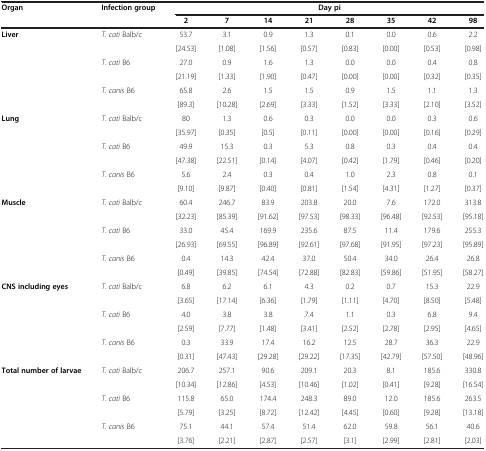
<table><thead><tr><td><b>Organ</b></td><td><b>Infection group</b></td><td colspan="8"><b>Day pi</b></td></tr><tr><td colspan="2"><b> </b></td><td><b>2</b></td><td><b>7</b></td><td><b>14</b></td><td><b>21</b></td><td><b>28</b></td><td><b>35</b></td><td><b>42</b></td><td><b>98</b></td></tr></thead><tbody><tr><td rowspan="6"><b>Liver</b></td><td rowspan="2"><i>T. cati</i> Balb/c</td><td>53.7</td><td>3.1</td><td>0.9</td><td>1.3</td><td>0.1</td><td>0.0</td><td>0.6</td><td>2.2</td></tr><tr><td>[24.53]</td><td>[1.08]</td><td>[1.56]</td><td>[0.57]</td><td>[0.83]</td><td>[0.00]</td><td>[0.53]</td><td>[0.98]</td></tr><tr><td rowspan="2"><i>T. cati</i> B6</td><td>27.0</td><td>0.9</td><td>1.6</td><td>1.3</td><td>0.0</td><td>0.0</td><td>0.4</td><td>0.8</td></tr><tr><td>[21.19]</td><td>[1.33]</td><td>[1.90]</td><td>[0.47]</td><td>[0.00]</td><td>[0.00]</td><td>[0.32]</td><td>[0.35]</td></tr><tr><td rowspan="2"><i>T. canis</i> B6</td><td>65.8</td><td>2.6</td><td>1.5</td><td>1.5</td><td>0.9</td><td>1.5</td><td>1.1</td><td>1.3</td></tr><tr><td>[89.3]</td><td>[10.28]</td><td>[2.69]</td><td>[3.33]</td><td>[1.52]</td><td>[3.33]</td><td>[2.10]</td><td>[3.52]</td></tr><tr><td rowspan="6"><b>Lung</b></td><td rowspan="2"><i>T. cati</i> Balb/c</td><td>80</td><td>1.3</td><td>0.6</td><td>0.3</td><td>0.0</td><td>0.0</td><td>0.3</td><td>0.6</td></tr><tr><td>[35.97]</td><td>[0.35]</td><td>[0.5]</td><td>[0.11]</td><td>[0.00]</td><td>[0.00]</td><td>[0.16]</td><td>[0.29]</td></tr><tr><td rowspan="2"><i>T. cati</i> B6</td><td>49.9</td><td>15.3</td><td>0.3</td><td>5.3</td><td>0.8</td><td>0.3</td><td>0.4</td><td>0.4</td></tr><tr><td>[47.38]</td><td>[22.51]</td><td>[0.14]</td><td>[4.07]</td><td>[0.42]</td><td>[1.79]</td><td>[0.46]</td><td>[0.20]</td></tr><tr><td rowspan="2"><i>T. canis</i> B6</td><td>5.6</td><td>2.4</td><td>0.3</td><td>0.4</td><td>1.0</td><td>2.3</td><td>0.8</td><td>0.1</td></tr><tr><td>[9.10]</td><td>[9.87]</td><td>[0.40]</td><td>[0.81]</td><td>[1.54]</td><td>[4.31]</td><td>[1.27]</td><td>[0.37]</td></tr><tr><td rowspan="6"><b>Muscle</b></td><td rowspan="2"><i>T. cati</i> Balb/c</td><td>60.4</td><td>246.7</td><td>83.9</td><td>203.8</td><td>20.0</td><td>7.6</td><td>172.0</td><td>313.8</td></tr><tr><td>[32.23]</td><td>[85.39]</td><td>[91.62]</td><td>[97.53]</td><td>[98.33]</td><td>[96.48]</td><td>[92.53]</td><td>[95.18]</td></tr><tr><td rowspan="2"><i>T. cati</i> B6</td><td>33.0</td><td>45.4</td><td>169.9</td><td>235.6</td><td>87.5</td><td>11.4</td><td>179.6</td><td>255.3</td></tr><tr><td>[26.93]</td><td>[69.55]</td><td>[96.89]</td><td>[92.61]</td><td>[97.68]</td><td>[91.95]</td><td>[97.23]</td><td>[95.89]</td></tr><tr><td rowspan="2"><i>T. canis</i> B6</td><td>0.4</td><td>14.3</td><td>42.4</td><td>37.0</td><td>50.4</td><td>34.0</td><td>26.4</td><td>26.8</td></tr><tr><td>[0.49]</td><td>[39.85]</td><td>[74.54]</td><td>[72.88]</td><td>[82.83]</td><td>[59.86]</td><td>[51.95]</td><td>[58.27]</td></tr><tr><td rowspan="6"><b>CNS including eyes</b></td><td rowspan="2"><i>T. cati</i> Balb/c</td><td>6.8</td><td>6.2</td><td>6.1</td><td>4.3</td><td>0.2</td><td>0.7</td><td>15.3</td><td>22.9</td></tr><tr><td>[3.65]</td><td>[17.14]</td><td>[6.36]</td><td>[1.79]</td><td>[1.11]</td><td>[4.70]</td><td>[8.50]</td><td>[5.48]</td></tr><tr><td rowspan="2"><i>T. cati</i> B6</td><td>4.0</td><td>3.8</td><td>3.8</td><td>7.4</td><td>1.1</td><td>0.3</td><td>6.8</td><td>9.4</td></tr><tr><td>[2.59]</td><td>[7.77]</td><td>[1.48]</td><td>[3.41]</td><td>[2.52]</td><td>[2.78]</td><td>[2.95]</td><td>[4.65]</td></tr><tr><td rowspan="2"><i>T. canis</i> B6</td><td>0.3</td><td>33.9</td><td>17.4</td><td>16.2</td><td>12.5</td><td>28.7</td><td>36.3</td><td>22.9</td></tr><tr><td>[0.31]</td><td>[47.43]</td><td>[29.28]</td><td>[29.22]</td><td>[17.35]</td><td>[42.79]</td><td>[57.50]</td><td>[48.96]</td></tr><tr><td rowspan="6"><b>Total number of larvae</b></td><td rowspan="2"><i>T. cati</i> Balb/c</td><td>206.7</td><td>257.1</td><td>90.6</td><td>209.1</td><td>20.3</td><td>8.1</td><td>185.6</td><td>330.8</td></tr><tr><td>[10.34]</td><td>[12.86]</td><td>[4.53]</td><td>[10.46]</td><td>[1.02]</td><td>[0.41]</td><td>[9.28]</td><td>[16.54]</td></tr><tr><td rowspan="2"><i>T. cati</i> B6</td><td>115.8</td><td>65.0</td><td>174.4</td><td>248.3</td><td>89.0</td><td>12.0</td><td>185.6</td><td>263.5</td></tr><tr><td>[5.79]</td><td>[3.25]</td><td>[8.72]</td><td>[12.42]</td><td>[4.45]</td><td>[0.60]</td><td>[9.28]</td><td>[13.18]</td></tr><tr><td rowspan="2"><i>T. canis</i> B6</td><td>75.1</td><td>44.1</td><td>57.4</td><td>51.4</td><td>62.0</td><td>59.8</td><td>56.1</td><td>40.6</td></tr><tr><td>[3.76]</td><td>[2.21]</td><td>[2.87]</td><td>[2.57]</td><td>[3.1]</td><td>[2.99]</td><td>[2.81]</td><td>[2.03]</td></tr></tbody></table>